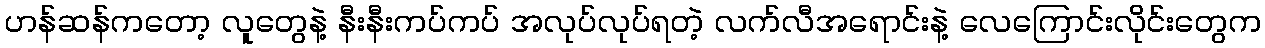
ဟန်ဆန်ကတော့ လူတွေနဲ့ နီးနီးကပ်ကပ် အလုပ်လုပ်ရတဲ့ လက်လီအရောင်းနဲ့ လေကြောင်းလိုင်းတွေက